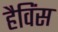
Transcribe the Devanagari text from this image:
हैविंस